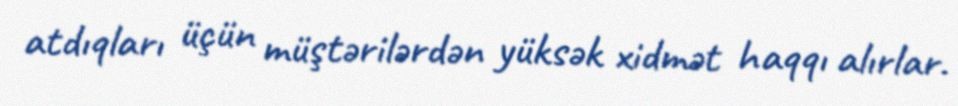
atdıqları üçün müştərilərdən yüksək xidmət haqqı alırlar.